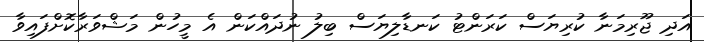
އަދި ޖޫރިމަނާ ކުރިޔަސް ކަރަންޓު ކަނޑާލިޔަސް ބިލު ނުދައްކަން އެ މީހުން މަޝްވަރާކޮށްފައިވާ